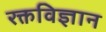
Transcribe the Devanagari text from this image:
रक्तविज्ञान